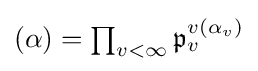
\textstyle (\alpha )=\prod _{v<\infty }{\mathfrak {p}}_{v}^{v(\alpha _{v})}